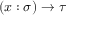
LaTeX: ( x : \sigma ) \to \tau